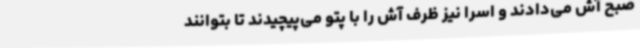
صبح آش می‌دادند و اسرا نیز ظرف آش را با پتو می‌پیچیدند تا بتوانند